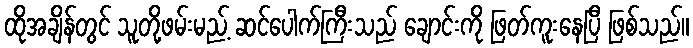
ထိုအချိန်တွင် သူတို့ဖမ်းမည့် ဆင်ပေါက်ကြီးသည် ချောင်းကို ဖြတ်ကူးနေပြီ ဖြစ်သည်။